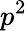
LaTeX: p^{2}